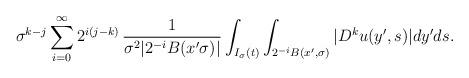
LaTeX: \begin{align*}\sigma^{k-j}\sum_{i=0}^\infty 2^{i(j-k)}\,\frac{1}{\sigma^2|2^{-i}B(x'\sigma) |}\int_{I_\sigma(t)}\int_{2^{-i}B(x',\sigma)}|D^k u(y',s)|dy'ds.\end{align*}